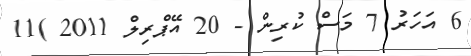
6 އަހަރު 7 މަސް ކުރިން - 20 އޭޕްރިލް 2011 )11